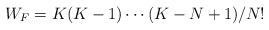
LaTeX: \begin{align*}W_{F} = K (K-1) \cdots (K-N+1) / N!\end{align*}